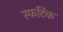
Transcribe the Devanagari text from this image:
स्फटिंक